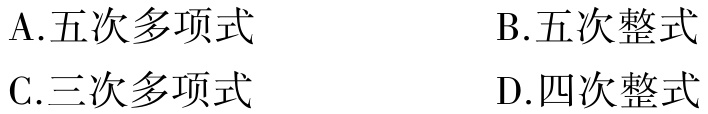
A.五次多项式
B.五次整式
C.三次多项式
D.四次整式